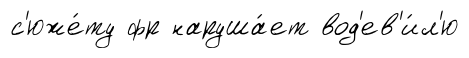
с'юже́ту фр наруша́ет вод'ев'и́л'ю